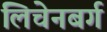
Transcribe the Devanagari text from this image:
लिचेनबर्ग